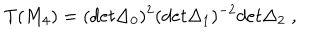
T ( M _ { 4 } ) = ( d e t \Delta _ { 0 } ) ^ { 2 } ( d e t \Delta _ { 1 } ) ^ { - 2 } d e t \Delta _ { 2 } \; ,